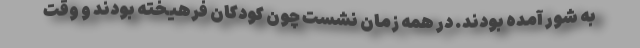
به شور آمده بودند. در همه زمان نشست چون کودکان فرهیخته بودند و وقت